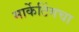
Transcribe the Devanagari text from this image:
मार्केटिंगचा